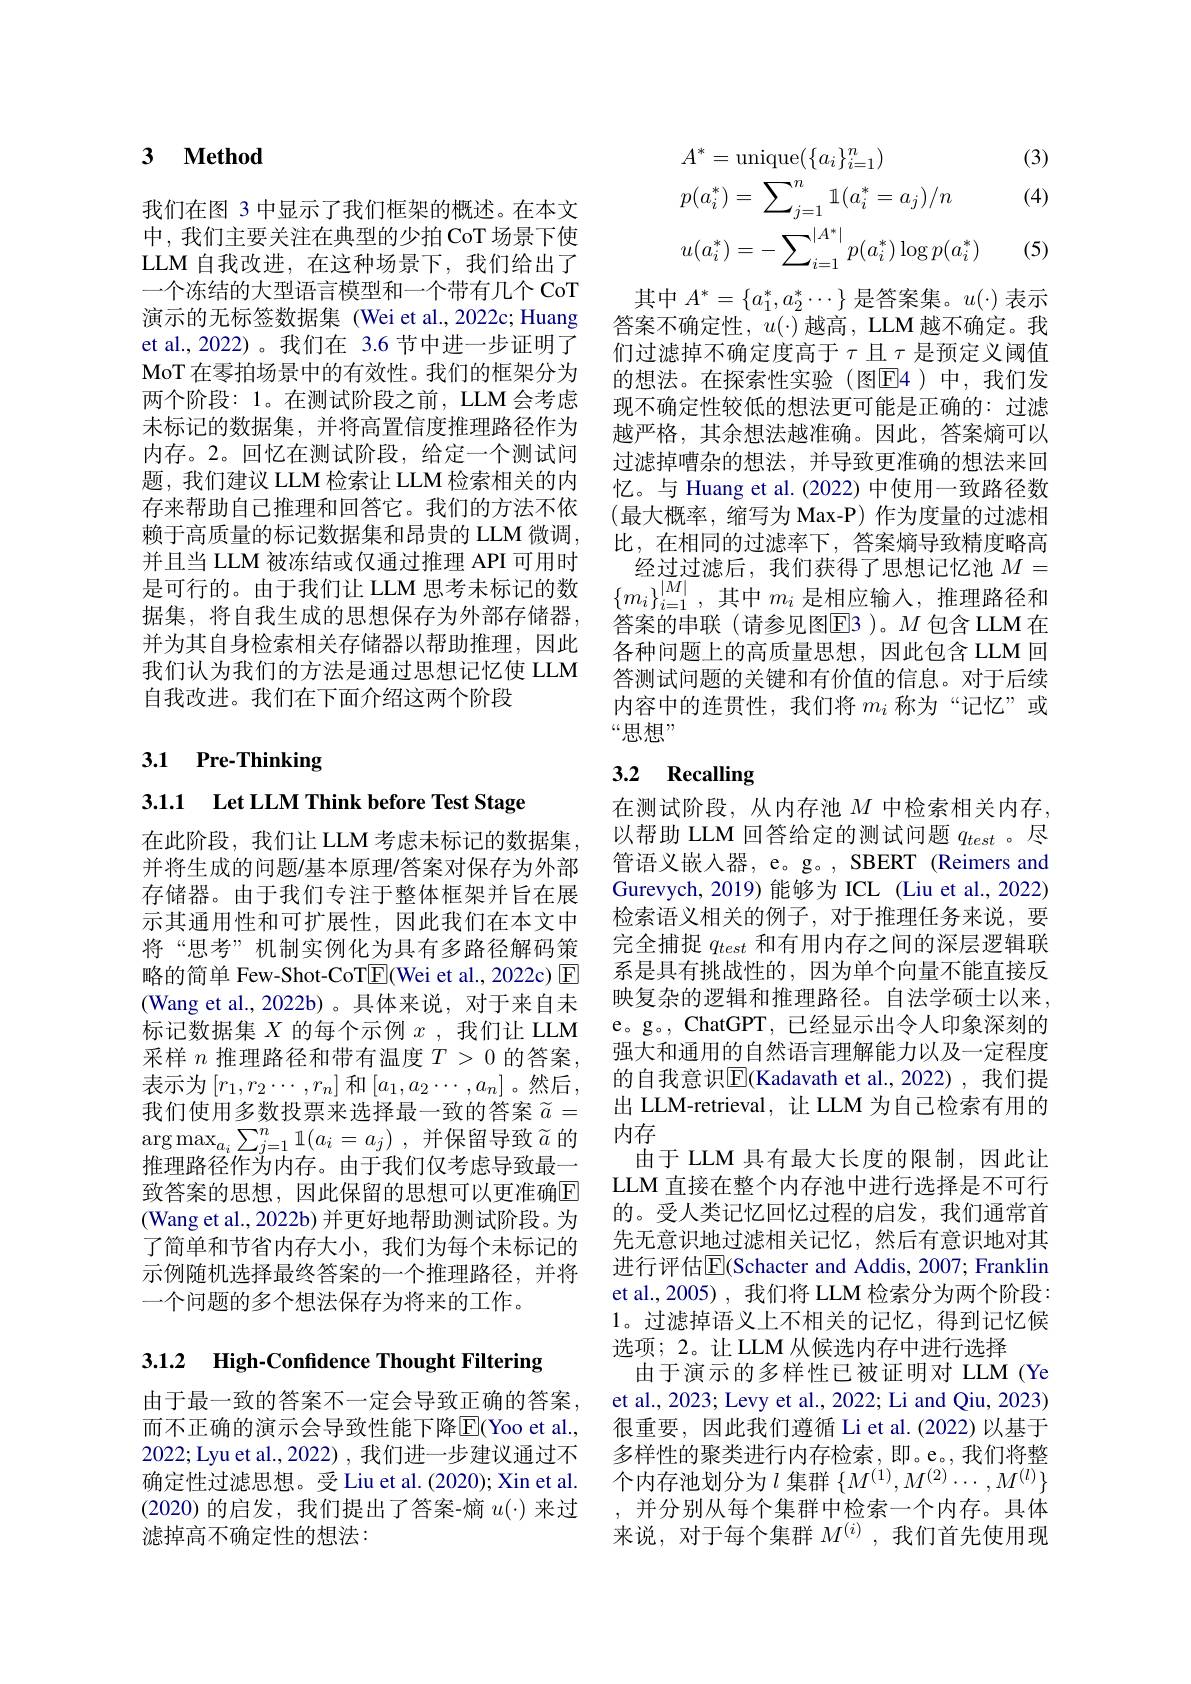
### 3 $\textbf{Method}$

我们在图 3 中显示了我们框架的概述。在本文中，我们主要关注在典型的少拍CoT场景下使LLM 自我改进，在这种场景下，我们给出了一个冻结的大型语言模型和一个带有几个 CoT 演示的无标签数据集 (Wei et al.,2022c;Huang et al., 2022)。我们在 3.6 节中进一步证明了MoT 在零拍场景中的有效性。我们的框架分为两个阶段：1。在测试阶段之前，LLM 会考虑未标记的数据集，并将高置信度推理路径作为内存。2。回忆在测试阶段，给定一个测试问题，我们建议 LLM 检索让 LLM 检索相关的内存来帮助自己推理和回答它。我们的方法不依赖于高质量的标记数据集和昂贵的 LLM 微调， 并且当 LLM 被冻结或仅通过推理 API 可用时 经过过滤后，我们获得了思想记忆池$M=$ 是可行的。由于我们让 LLM 思考未标记的数 $\{m_i\}_{i=1}^{|M|}$,其中$m_i$是相应输人，推理路径和据集。将自我生成的思想保存为外部存储器，农安故中联(津金贝图回2) $M$句念H M 东
据集，将自我生成的思想保存为外部存储器， 并为其自身检索相关存储器以帮助推理，因此我们认为我们的方法是通过思想记忆使 LLM 自我改进。我们在下面介绍这两个阶段

## 3.1 Pre-Thinking

3.1.1 Let LLM Think before Test Stage

在此阶段，我们让 LLM 考虑未标记的数据集并将生成的问题/基本原理/答案对保存为外部存储器。由于我们专注于整体框架并旨在展示其通用性和可扩展性，因此我们在本文中将“思考”机制实例化为具有多路径解码策略的简单 Few-Shot-CoTE(Wei et al., 2022c) $\boxed{\mathrm{F}}$ (Wang et al.,2022b)。具体来说，对于来自未标记数据集$X$的每个示例$x$ ,我们让 LLM 采样$n$推理路径和带有温度$T>0$的答案， 表示为$\left[r_1,r_2\cdots,r_n\right]$和$\left[a_1,a_2\cdots,a_n\right]$。然后， 我们使用多数投票来选择最一致的答案$\widetilde{a}=$ $\arg \max _{a_i}\sum _{j= 1}^n\mathbb{1} ( a_i= a_j)$ ,并保留导致$\widetilde a$ 的推理路径作为内存。由于我们仅考虑导致最一致答案的思想，因此保留的思想可以更准确$\mathbb{E}$ (Wang et al., 2022b) 并更好地帮助测试阶段。为了简单和节省内存大小，我们为每个未标记的示例随机选择最终答案的一个推理路径，并将一个问题的多个想法保存为将来的工作。

## 3.1.2 High-Confdence Thought Filtering

由于最一致的答案不一定会导致正确的答案而不正确的演示会导致性能下降$\overline{\mathrm{E}}($Yoo et al., 2022;Lyu et al., 2022) , 我们进一步建议通过不确定性过滤思想。受 Liu et al. (2020); Xin et al. (2020)的启发，我们提出了答案-熵$u(\cdot)$来过滤掉高不确定性的想法：

(3)

(4)
$$\begin{aligned}&A^{*}=\mathrm{unique}(\{a_{i}\}_{i=1}^{n})\\&p(a_{i}^{*})=\sum_{j=1}^{n}\mathbb{1}(a_{i}^{*}=a_{j})/n\\&u(a_{i}^{*})=-\sum_{i=1}^{|A^{*}|}p(a_{i}^{*})\log p(a_{i}^{*})\end{aligned}$$
(5)

其中$A^*=\{a_1^*,a_2^*\cdots\}$是答案集。$u(\cdot)$表示答案不确定性，$u(\cdot)$越高，LLM 越不确定。我们过滤掉不确定度高于$\tau$且$\tau$是预定义阈值的想法。在探索性实验(图E4)中，我们发现不确定性较低的想法更可能是正确的：过滤越严格，其余想法越准确。因此，答案熵可以过滤掉嘈杂的想法，并导致更准确的想法来回忆。与 Huang et al.(2022) 中使用一致路径数(最大概率 , 缩写为 Max-P) 作为度量的过滤相比，在相同的过滤率下，答案熵导致精度略高答案的串联(请参见图E3)。$M$包含 LLM 在各种问题上的高质量思想，因此包含 LLM 回答测试问题的关键和有价值的信息。对于后续内容中的连贯性，我们将$m_i$称为“记忆”或“思想”

## 3.2 Recalling

在测试阶段，从内存池$M$中检索相关内存， 以帮助 LLM 回答给定的测试问题$q_{test}$ 。尽管语义嵌入器，e。g。, SBERT (Reimers and Gurevych, 2019)能够为 ICL (Liu et al., 2022) 检索语义相关的例子，对于推理任务来说，要完全捕捉$q_{test}$和有用内存之间的深层逻辑联系是具有挑战性的，因为单个向量不能直接反映复杂的逻辑和推理路径。自法学硕士以来， e。g。, ChatGPT, 已经显示出令人印象深刻的强大和通用的自然语言理解能力以及一定程度的自我意识$\overline{\mathrm{E}}$(Kadavath et al.,2022),我们提出 LLM-retrieval, 让 LLM 为自己检索有用的内存
由于 LLM 具有最大长度的限制，因此让LLM 直接在整个内存池中进行选择是不可行的。受人类记忆回忆过程的启发，我们通常首先无意识地过滤相关记忆，然后有意识地对其进行评估$\overline{\mathbb{E}}($Schacter and Addis, 2007; Franklin et al.,2005) , 我们将 LLM 检索分为两个阶段： 1。过滤掉语义上不相关的记忆，得到记忆候选项；2。让 LLM 从候选内存中进行选择
由于演示的多样性已被证明对 LLM (Ye et al., 2023; Levy et al., 2022; Li and Qiu, 2023) 很重要，因此我们遵循 Li et al.(2022)以基于多样性的聚类进行内存检索，即。e。,我们将整个内存池划分为$l$ 集群 $\{M^(1),M^{(2)}\cdots,M^{(l)}\}$ ,并分别从每个集群中检索一个内存。具体来说，对于每个集群$M^{(i)}$,我们首先使用现